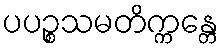
ပပဉ္စသမတိက္ကန္တေ